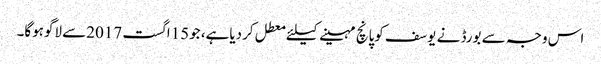
اس وجہ سے بورڈ نے یوسف کوپانچ مہینے کیلئے معطل کردیاہے، جو15اگست 2017سے لاگوہوگا۔